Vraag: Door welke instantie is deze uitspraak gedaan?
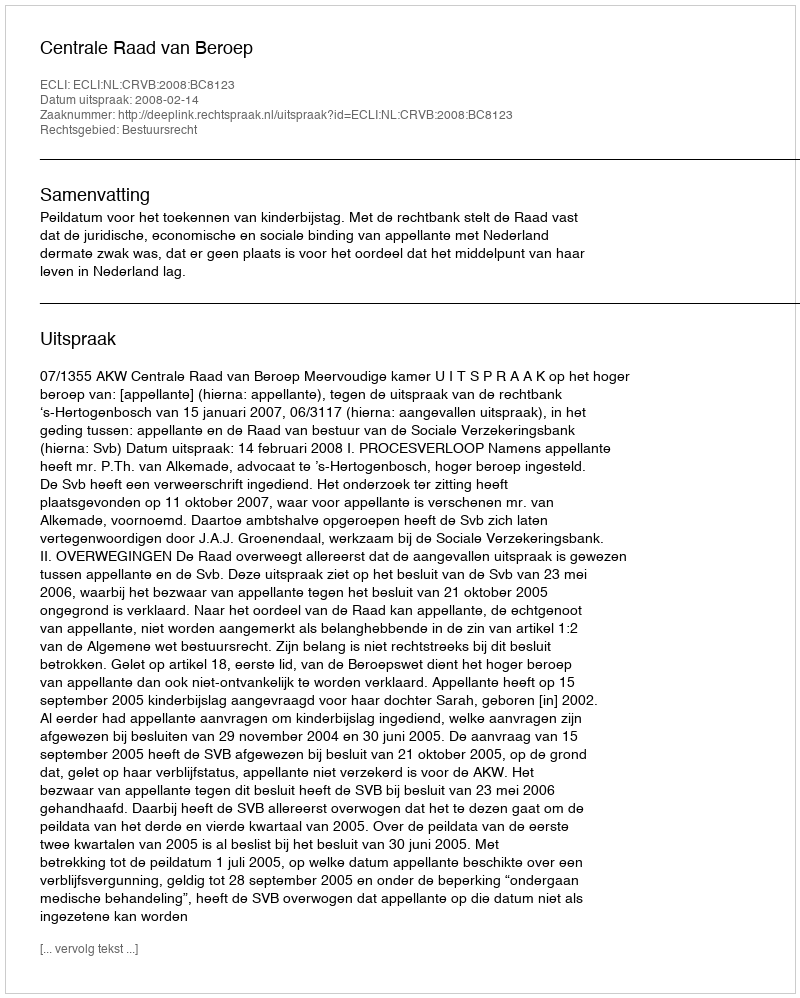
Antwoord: Centrale Raad van Beroep